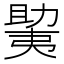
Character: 𫯲